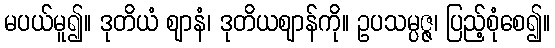
မပယ်မူ၍။ ဒုတိယံ ဈာနံ၊ ဒုတိယဈာန်ကို။ ဥပသမ္ပဇ္ဇ၊ ပြည့်စုံစေ၍။